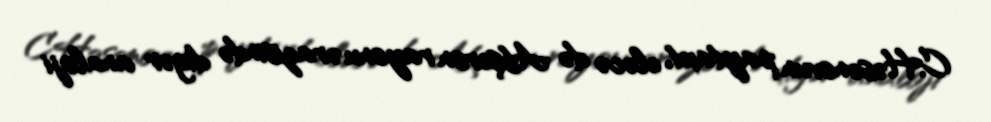
C.Həsənovun paytaxt, eləcə də Abşeron rayonu ərazisində digər analoji